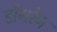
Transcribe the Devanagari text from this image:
डोंगरेन